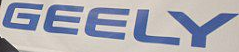
GEELY